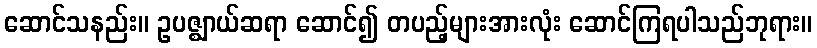
ဆောင်သနည်း။ ဥပဇ္ဈာယ်ဆရာ ဆောင်၍ တပည့်များအားလုံး ဆောင်ကြရပါသည်ဘုရား။